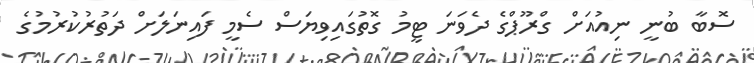
ސޮބާ ބުނީ ނިއުއަށް ގްރޫޕްގެ ދެވަނަ ޓީމު ގޮތުގައިވިޔަސް ސެމީ ފައިނަލަށް ދަތުރުކުރުމުގެ